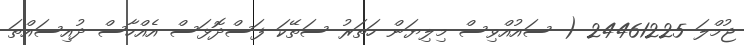
ޖުމްލަ 24461225 ( ސައުއްވިސް މިލިޔަން ހަތަރު ސަތޭކަ ފަސްދޮޅަސް އެއްހާސް ދުއިސައްތަ